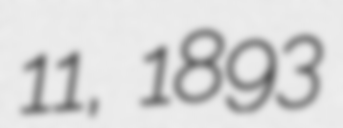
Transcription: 11, 1893